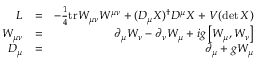
\begin{array} { r l r } { \cal { L } } & { = } & { - \frac { 1 } { 4 } \mathrm { t r } W _ { \mu \nu } W ^ { \mu \nu } + ( D _ { \mu } X ) ^ { \dagger } D ^ { \mu } X + V ( \operatorname* { d e t } X ) } \\ { W _ { \mu \nu } } & { = } & { \partial _ { \mu } W _ { \nu } - \partial _ { \nu } W _ { \mu } + i g \left[ W _ { \mu } , W _ { \nu } \right] } \\ { D _ { \mu } } & { = } & { \partial _ { \mu } + g W _ { \mu } } \end{array}